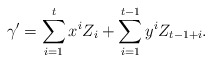
\begin{align*}\gamma'= \sum_{i=1}^{t}x^iZ_i + \sum_{i=1}^{t-1} y^i Z_{t-1 +i}.\end{align*}